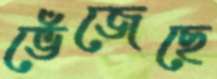
ভেঁজেছে